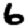
Digit: 6